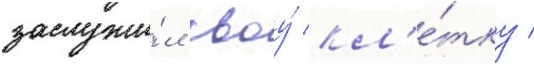
заслужи́л своу́ кл'е́тку /